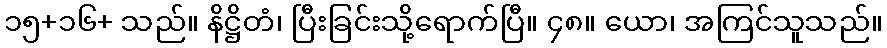
၁၅+၁၆+ သည်။ နိဋ္ဌိတံ၊ ပြီးခြင်းသို့ရောက်ပြီ။ ၄၈။ ယော၊ အကြင်သူသည်။